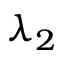
\lambda _ { 2 }